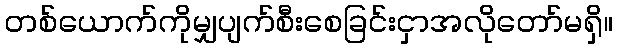
တစ်ယောက်ကိုမျှပျက်စီးစေခြင်းငှာအလိုတော်မရှိ။